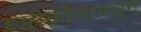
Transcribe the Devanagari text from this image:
दृष्टीकोनामधून